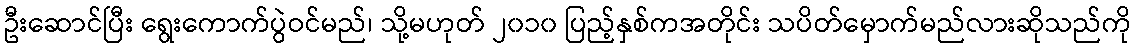
ဦးဆောင်ပြီး ရွေးကောက်ပွဲဝင်မည်၊ သို့မဟုတ် ၂၀၁၀ ပြည့်နှစ်ကအတိုင်း သပိတ်မှောက်မည်လားဆိုသည်ကို